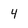
Character: 4